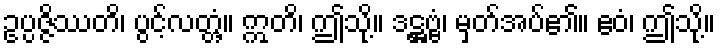
ဥပ္ပဇ္ဇိဿတိ၊ ပွင့်လတ္တံ့။ ဣတိ၊ ဤသို့။ ဒဋ္ဌဗ္ဗံ၊ မှတ်အပ်၏။ ဧဝံ၊ ဤသို့။